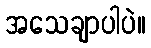
အသေချာပါပဲ။